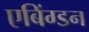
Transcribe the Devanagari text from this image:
एबिंग्डन